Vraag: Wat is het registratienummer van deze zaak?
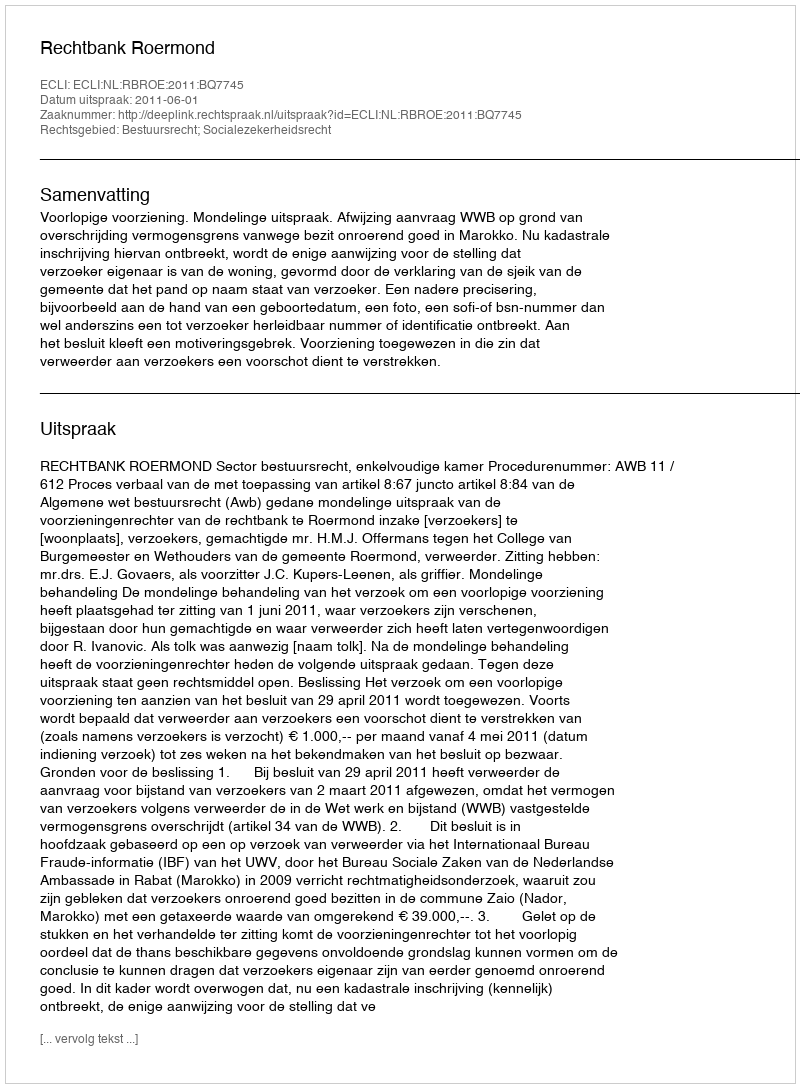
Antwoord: http://deeplink.rechtspraak.nl/uitspraak?id=ECLI:NL:RBROE:2011:BQ7745